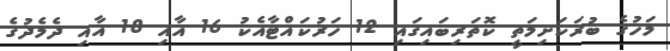
މަހުގެ ބުރަކަށިމަތީ ކޮތަރިބައިގައި 12 ހަރުކައްޓާއެކު 16 އާއި 18 އާއި ދެމެދުގެ